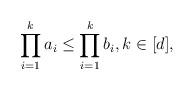
LaTeX: \begin{align*}\prod_{i=1}^ka_i\le\prod_{i=1}^kb_i,k \in [d] ,\end{align*}